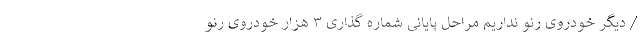
/ دیگر خودروی رنو نداریم مراحل پایانی شماره گذاری ۳ هزار خودروی رنو